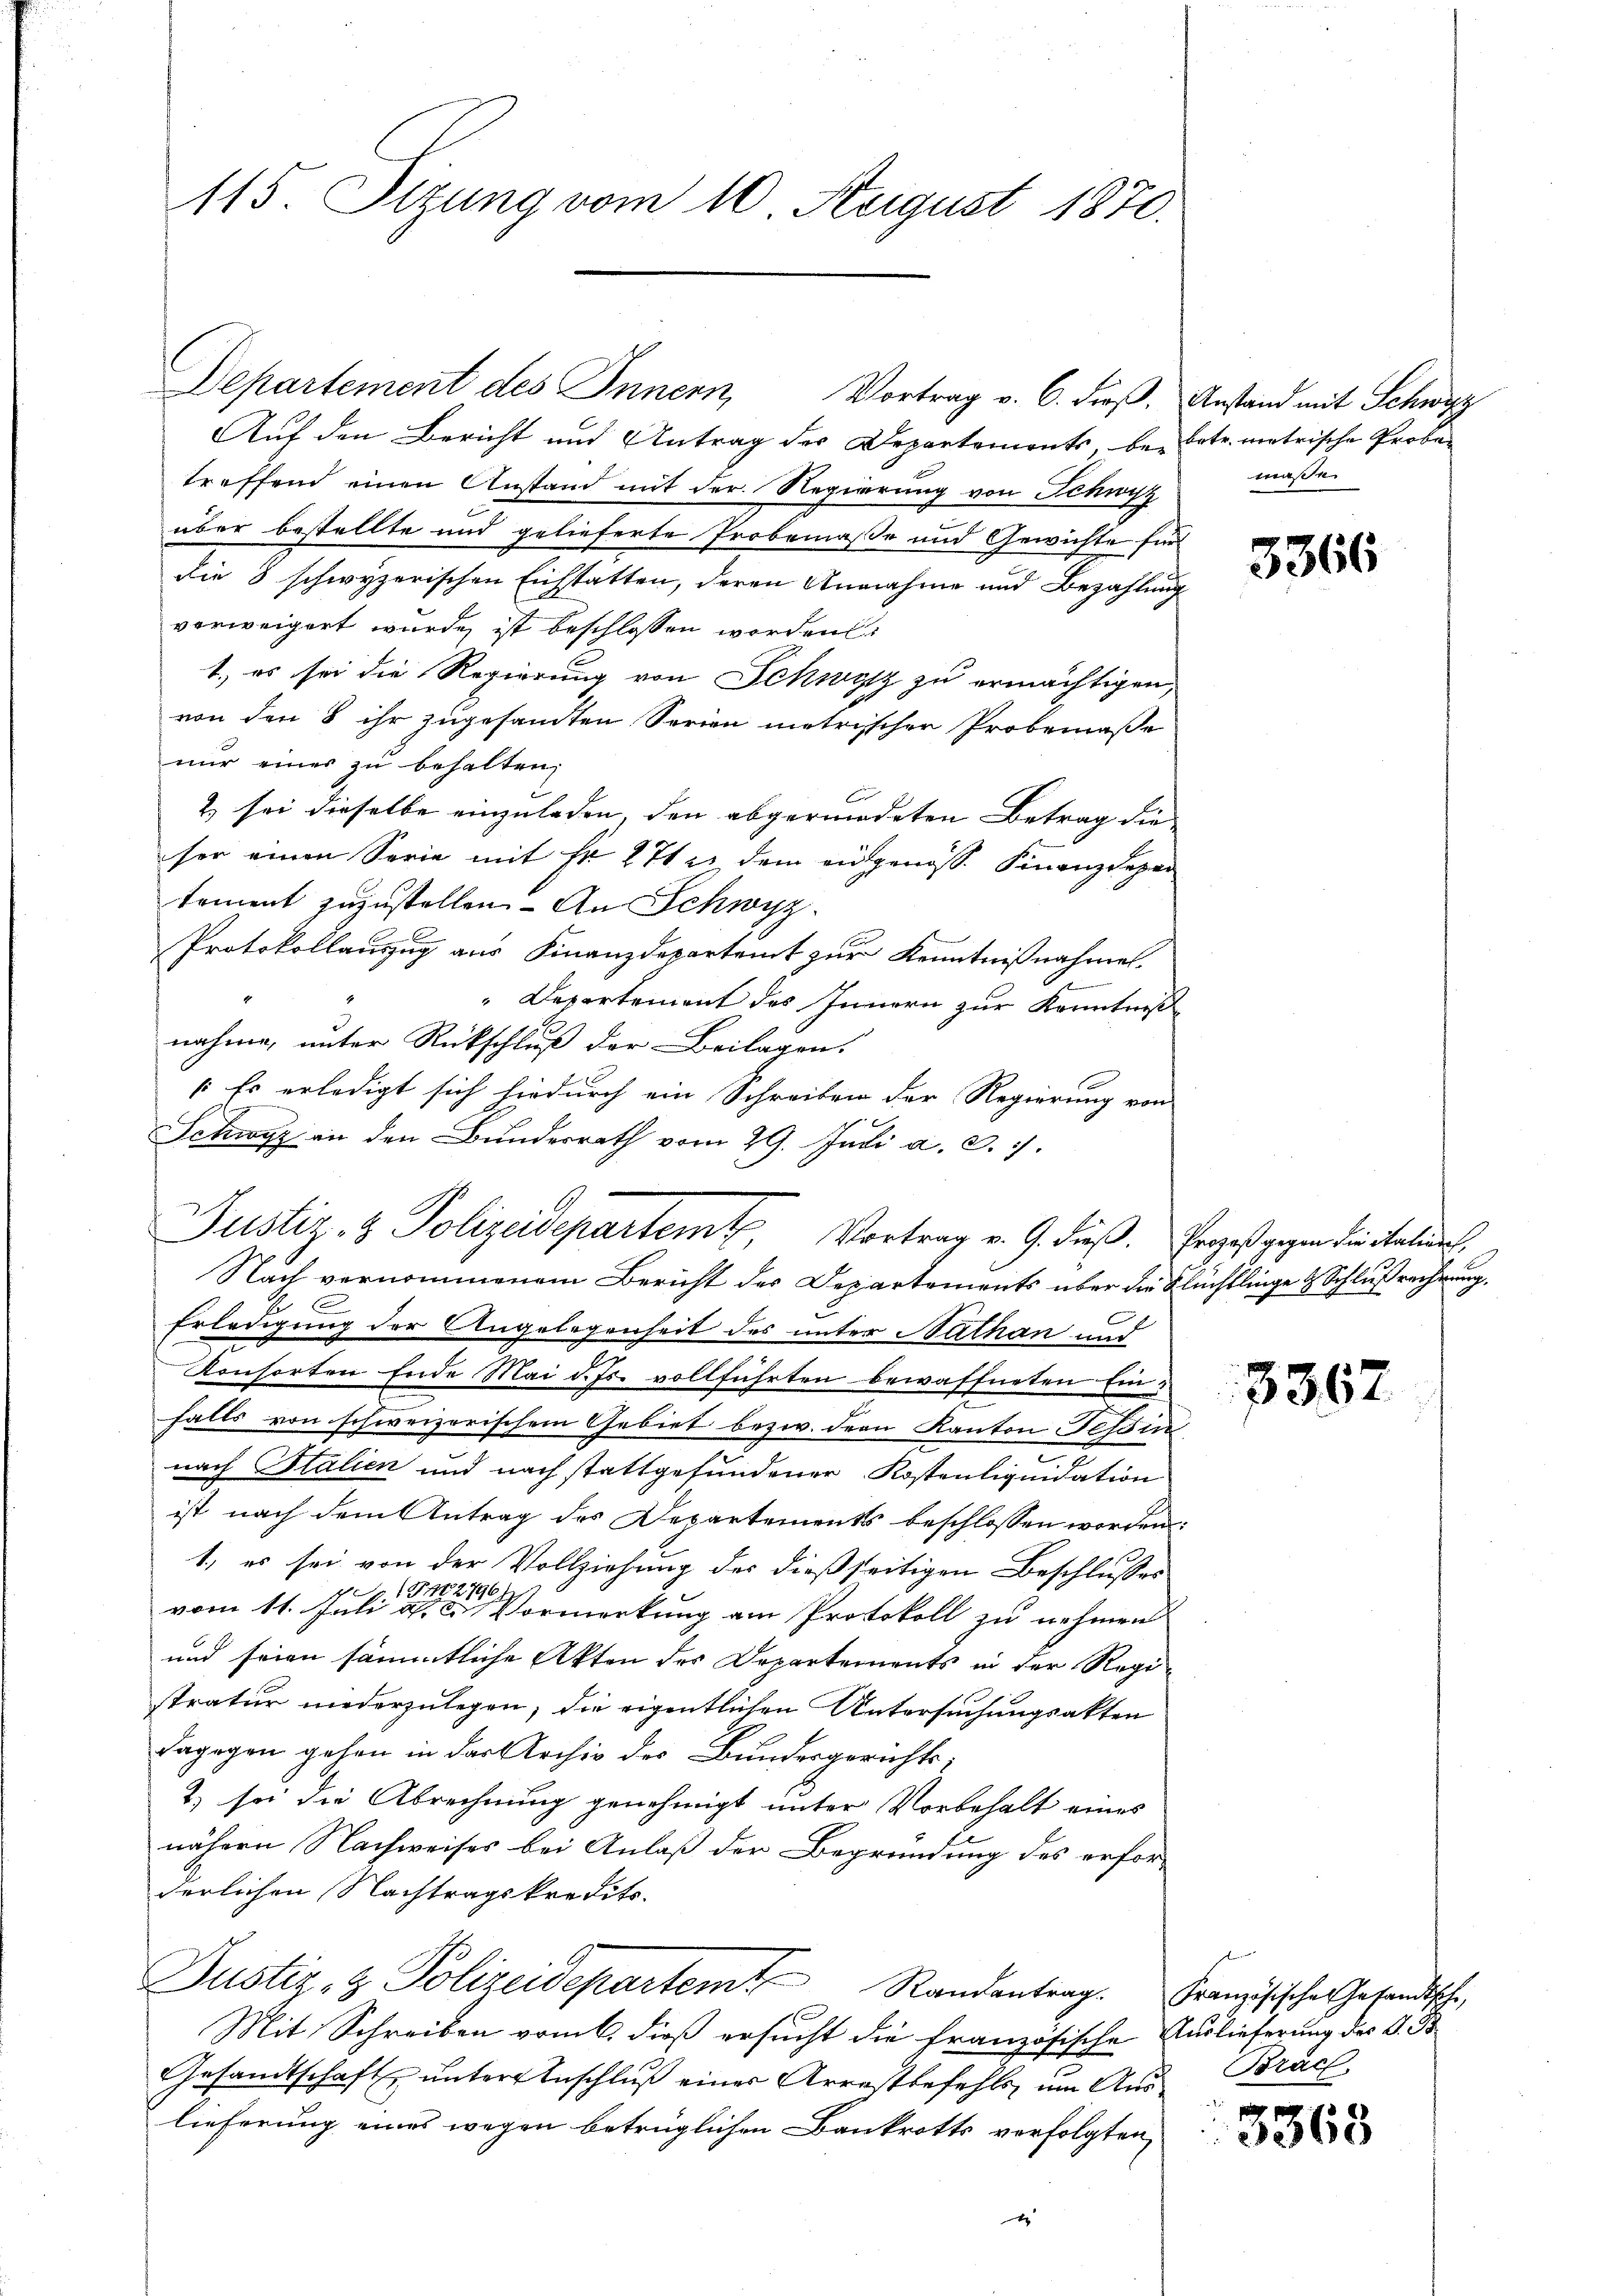
115. Sizung vom 10. Neigust 1870.

Departement des Innern, Vortrag v. 6. dieß. Anstand mit Schwyz
Auf den Bericht und Antrag der Departements be- betr. metrische Probetreffend einen Anstand mit der Regierung von Schwyz
über bestellte und gelieferte Probemaße und Gewichte für
die 8 schwyzerischen Eichstatten, deren Annahme und Bezahlung
vorweigert wurde ist beschlossen worden.
1.) es sei die Regierung von Schwyz zu ermächtigen,
von den 8 ihr zugesamten Serien metrischen Probemaße
nur einer zu behalten,
2) sei dieselbe einzuladen, den abgeredeten Betrag die
ser einen Serie mit fr. 271 u. dem eidgenoss. Finanzdepar
tement zuzustellen. - An Schwyz.
Protokollauszug aus Finanzdepartent zur Kenntnißnahmen.
e
"Departement des Innern zur Kenntniß
nahme, unter Rückschluß der Beilagen.
(Es erledigt sich hiedurch ein Schreiben der Regierung von
Schwyz an den Bundesrath vom 29. Juli a. c. 7.
Justiz- & Polizeidepartemt, Vortrag v. 9. dieß. Erges gegen die Italinde
Nach vernommenem Bericht der Departements über die Flüchtlinge & Schlußrechnung,
Erledigung der Angelegenheit des unter Nathan und
Konsorten Ende Mai d. Js. vollführten bewaffneten Ein-
falls von schweizerischem Gebiet bezw. den Kanton Tessin
nach Italien und nach stattgefundener Kostenliquidation
ist nach dem Antrag des Departements beschlossen worden.
1., es sei von der Vollziehung des dießseitigen Beschlusses
.Fr
2176
b
vom 11. Juli d. 2. Vormerkung am Protokoll zu nehmen
und seien sämmtliche Akten des Departements in der Registratur niederzulegen; die eigentlichen Untersuchungsakten
Dagegen gehen in das Archiv des Bundesgerichts-
2) sei die Abrechnung genehmigt unter Vorbehalt eines
nähern Nachweises bei Anlaß der Begründung des erforderlichen Nachtragskredits.
Justiz- & Polizeidepartem Randantrag. Französischen Gesandtsche,
Mit Schreiben vom 6. dieß ersucht die französische Auslieferung des V. B.
Gesandtschaft untere Anschluß einer Arrestbefehls, um Aus Brach
lieferung eines wegen betrüglichen Bankrotts verfolgten
x

masse

3366

3367

3368